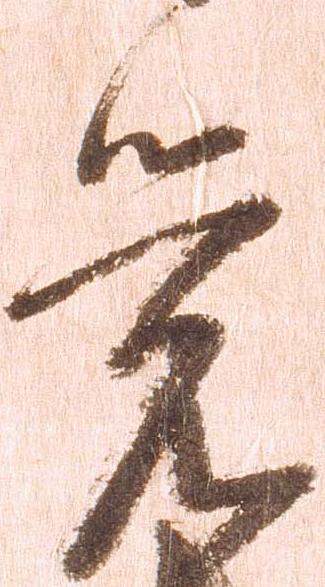
覚